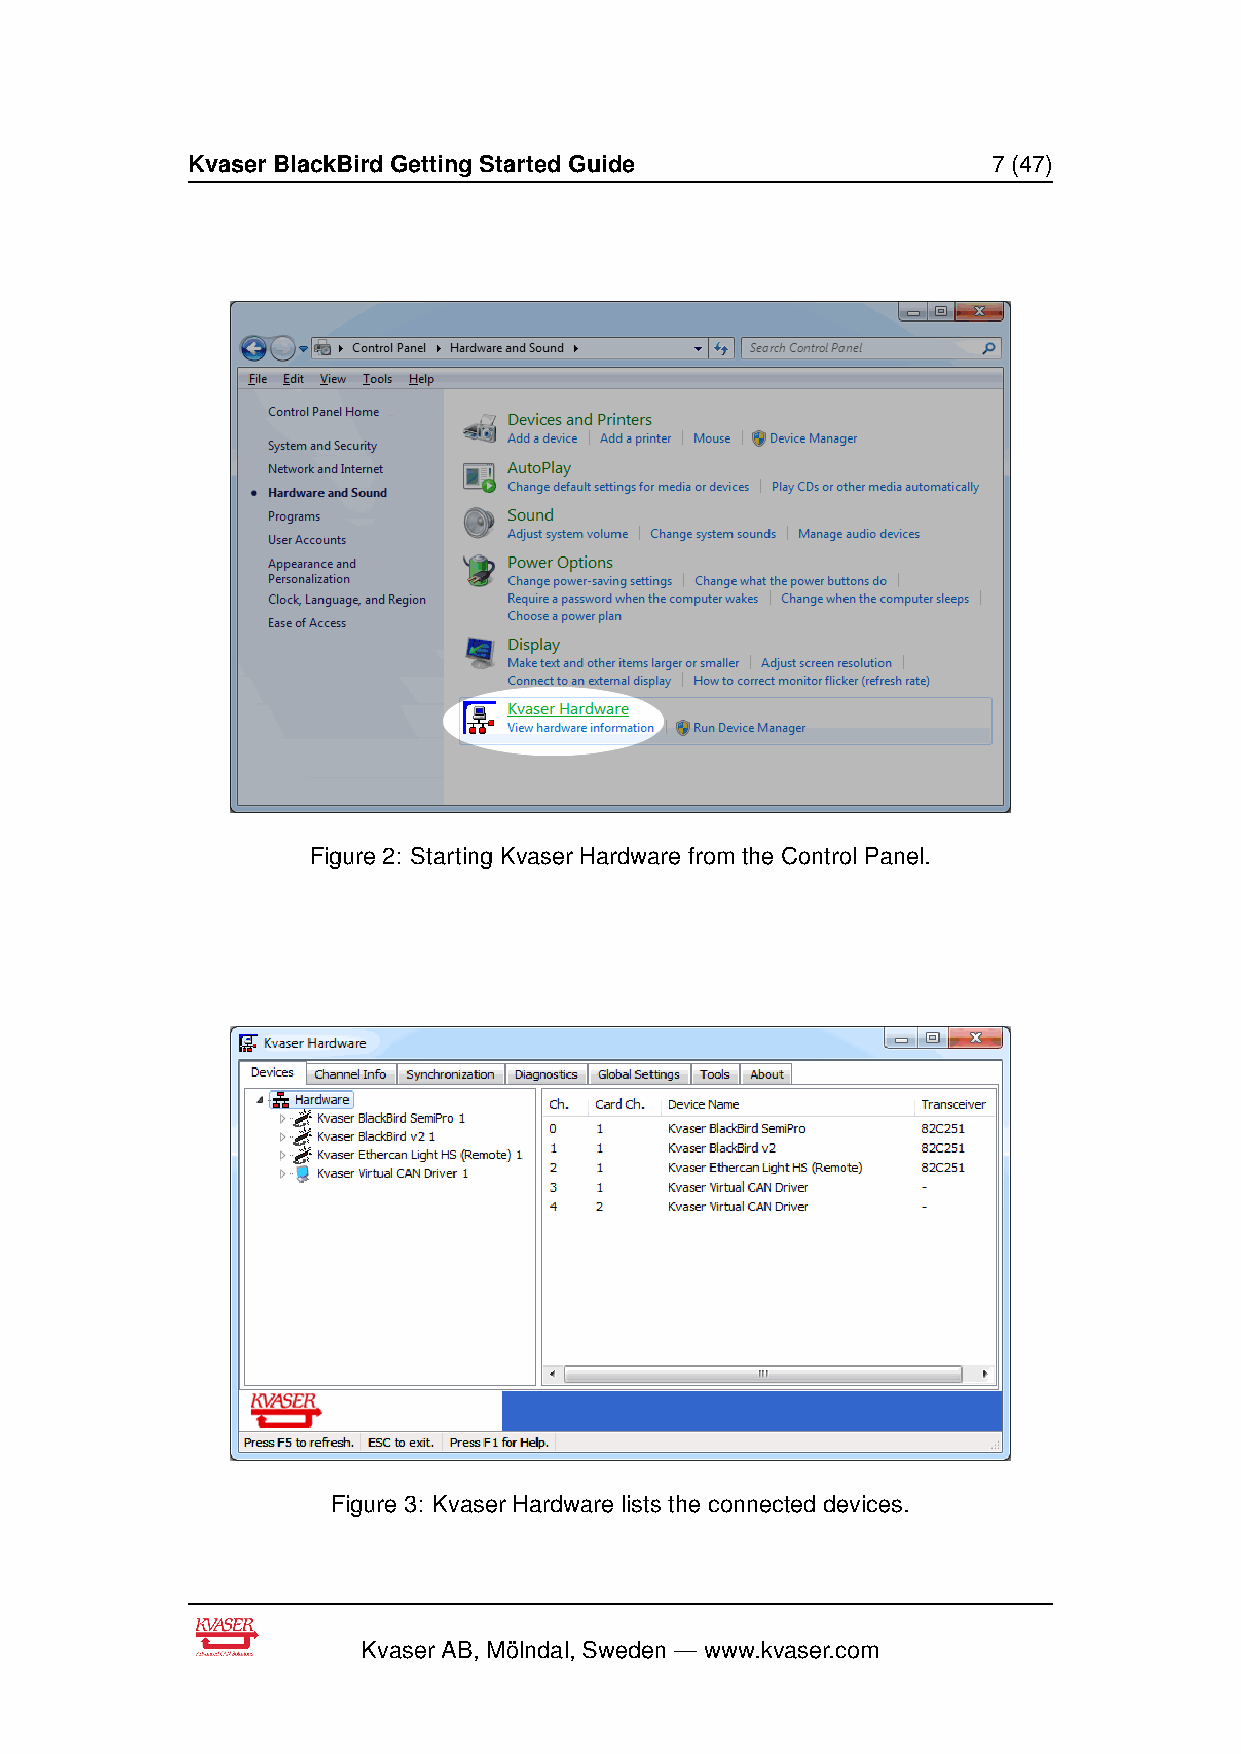
Kvaser BlackBird Getting Started Guide                7 (47)
 Figure 2: Starting Kvaser Hardware from the Control Panel.
 Figure 3: Kvaser Hardware lists the connected devices.
 Kvaser AB, Mölndal, Sweden — www.kvaser.com